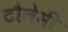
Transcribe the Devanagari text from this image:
टौलेमी